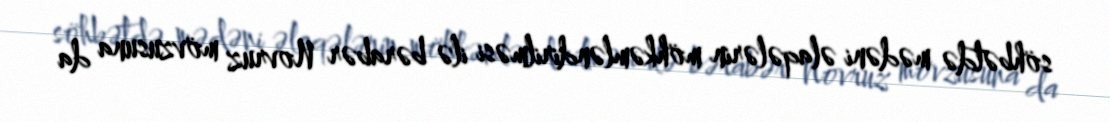
söhbətdə mədəni əlaqələrin möhkəmləndirilməsi ilə bərabər Novruz mövzusuna da